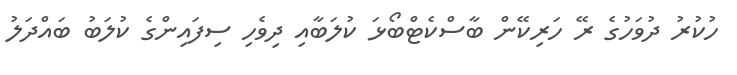
ހުކުރު ދުވަހުގެ ރޭ ހަރިކޭން ބާސްކެޓްބޯޅަ ކުލަބާއި ދިވެހި ސިފައިންގެ ކުލަބު ބައްދަލު